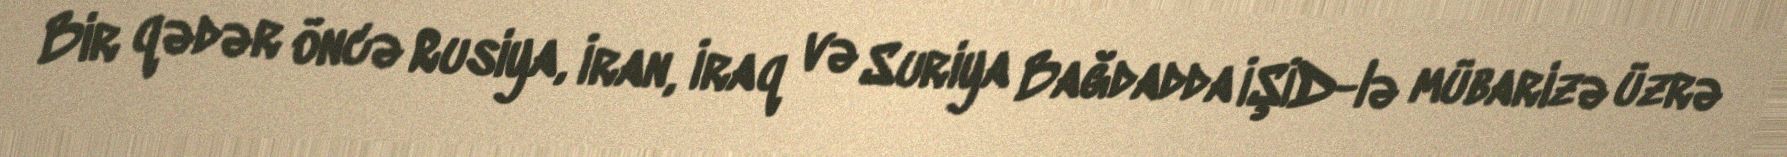
Bir qədər öncə Rusiya, İran, İraq və Suriya Bağdadda İŞİD-lə mübarizə üzrə